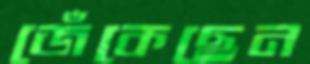
জেঁকেছেন